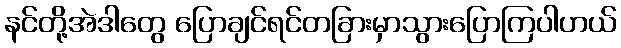
နင်တို့အဲဒါတွေ ပြောချင်ရင်တခြားမှာသွားပြောကြပါဟယ်